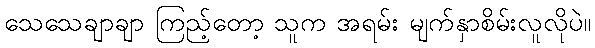
သေသေချာချာ ကြည့်တော့ သူက အရမ်း မျက်နှာစိမ်းလူလိုပဲ။